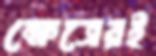
ক্ষেত্রেরই